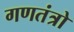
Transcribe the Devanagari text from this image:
गणतंत्रो